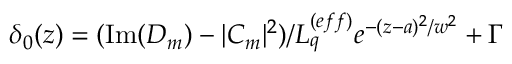
\delta _ { 0 } ( z ) = ( \operatorname { I m } ( D _ { m } ) - | C _ { m } | ^ { 2 } ) / L _ { q } ^ { ( e f f ) } e ^ { - ( z - a ) ^ { 2 } / w ^ { 2 } } + \Gamma